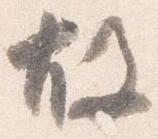
故